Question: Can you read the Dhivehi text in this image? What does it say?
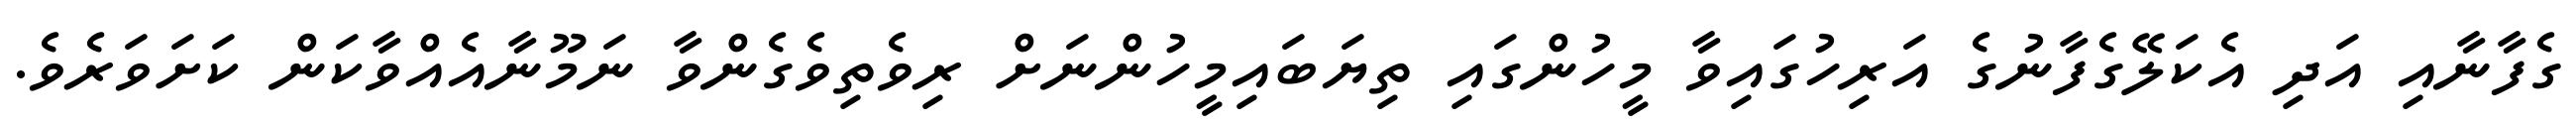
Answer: ގެފާނާއި އަދި އެކަލޭގެފާނުގެ އަރިހުގައިވާ މީހުންގައި ތިޔަބައިމީހުންނަށް ރިވެތިވެގެންވާ ނަމޫނާއެއްވާކަން ކަށަވަރެވެ.